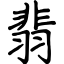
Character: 翡